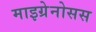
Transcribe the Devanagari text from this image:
माइग्रेनोसस